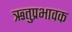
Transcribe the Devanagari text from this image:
ऋतुप्रभावक